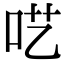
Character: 呓